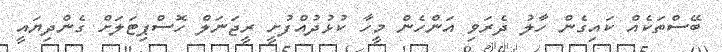
ބޭސްތަކެއް ކައިގެން ހާލު ދެރަވި އަންހެން މީހާ ކުޅުދުއްފުށީ ރީޖަނަލް ހޮސްޕިޓަލަށް ގެންދިޔައީ